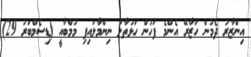
އިންޒާރު ދެމުން ހަޒާރޭ އެންމެ ފަހުން ހަޅުތާލު ނިންމާލައިފި މުމްބާއީ (ޑިސެމްބަރު 29)